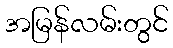
အမြန်လမ်းတွင်